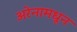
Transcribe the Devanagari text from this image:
अरेनामधून